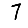
Digit: 7